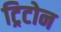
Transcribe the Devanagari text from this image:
ट्रिटोन